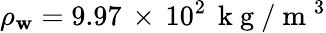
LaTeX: \rho_{\mathbf{w}}=9.97\, \times\, 10^{2}\, \mathrm{{~k~g~}}/\mathrm{{~m~}}^{3}